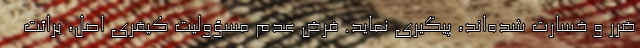
ضرر و خسارت شده‌اند، پیگیری نماید. فرض عدم مسؤولیت کیفری اصل، برائت